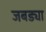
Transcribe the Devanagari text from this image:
जबड्या